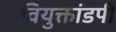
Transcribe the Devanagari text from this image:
वियुक्तांडपी